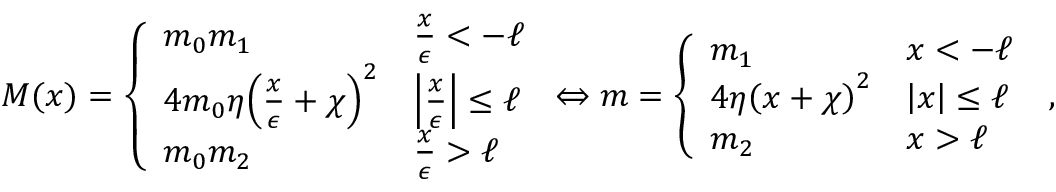
M ( x ) = \left\{ \begin{array} { l l } { m _ { 0 } m _ { 1 } } & { \frac { x } { \epsilon } < - \ell } \\ { 4 m _ { 0 } \eta { \left( \frac { x } { \epsilon } + \chi \right) } ^ { 2 } } & { \left| \frac { x } { \epsilon } \right| \leq \ell } \\ { m _ { 0 } m _ { 2 } } & { \frac { x } { \epsilon } > \ell } \end{array} \right. \Leftrightarrow m = \left\{ \begin{array} { l l } { m _ { 1 } } & { x < - \ell } \\ { 4 \eta { \left( x + \chi \right) } ^ { 2 } } & { \left| x \right| \leq \ell } \\ { m _ { 2 } } & { x > \ell } \end{array} \right. \; ,